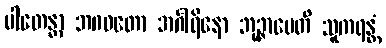
ပါတေန္တာ ဘဂဝတော အင်္ဂါရိနော ဘုဉ္ဇာပေတိ သူကရန္တံ